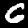
Label: 6